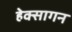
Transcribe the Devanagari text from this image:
हेक्सागन